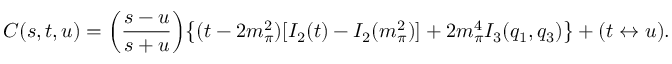
C ( s , t , u ) = \left( \frac { s - u } { s + u } \right) \! \left\{ ( t - 2 m _ { \pi } ^ { 2 } ) [ I _ { 2 } ( t ) - I _ { 2 } ( m _ { \pi } ^ { 2 } ) ] + 2 m _ { \pi } ^ { 4 } I _ { 3 } ( q _ { 1 } , q _ { 3 } ) \right\} + ( t \leftrightarrow u ) .